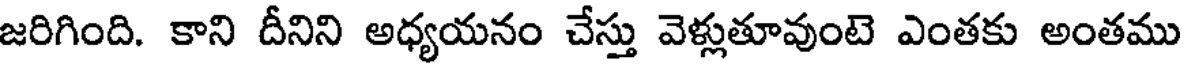
జరిగింది. కాని దీనిని అధ్యయనం చేస్తు వెళ్లుతూవుంటె ఎంతకు అంతము